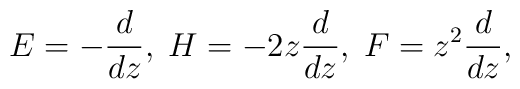
E=-\frac{d}{dz},\; H=-2z\frac{d}{dz},\; F=z^{2}\frac{d}{dz},